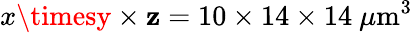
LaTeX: x\timesy\times\mathbf{z}=10\times14\times14\ \mu\mathrm{{m}}^{3}